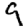
Digit: 9